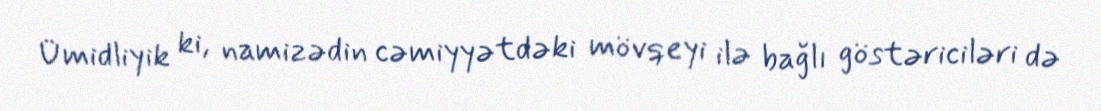
Ümidliyik ki, namizədin cəmiyyətdəki mövqeyi ilə bağlı göstəriciləri də